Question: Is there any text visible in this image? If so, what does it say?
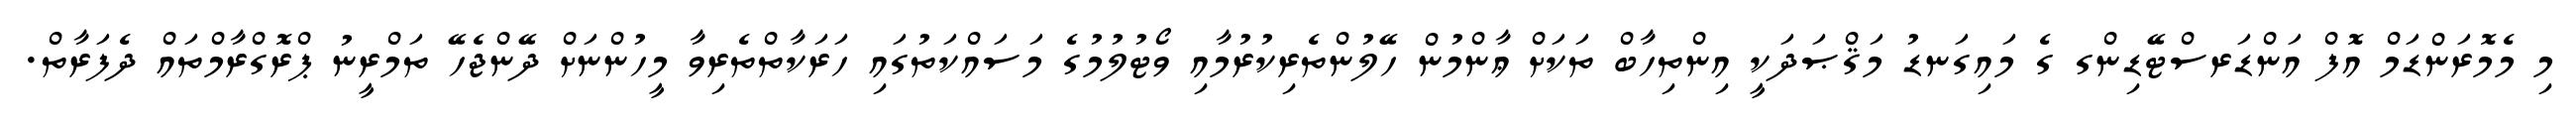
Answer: މި މެމޮރަންޑަމް އޮފް އަންޑަރސްޓޭޑިންގ ގެ މައިގަނޑު މަޤްޞަދަކީ އިންތިހާބް ތަކަށް ޢާންމުން ހޭލުންތެރިކުރުމާއި ވޯޓުލުމުގެ މަސައްކަތުގައި ހަރަކާތްތެރިވާ މީހުންނަށް ދޭންޖެހޭ ތަމްރީނު ޕްރޮގްރާމްތައް ދެފަރާތް.